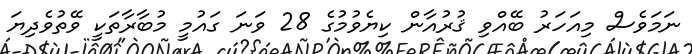
ނަމަވެސް މިއަހަރު ބޭއްވި ޤުރުއާން ކިޔެވުމުގެ 28 ވަނަ ގައުމީ މުބާރާތަކީ ވޭތުވެދިޔަ